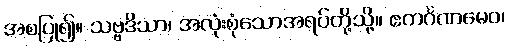
အစပြု၍။ သဗ္ဗဒိသာ၊ အလုံးစုံသောအရပ်တို့သို့။ ဧကင်္ဂဏမေဝ၊